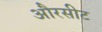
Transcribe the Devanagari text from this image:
औरसीट